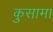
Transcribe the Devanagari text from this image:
कुसामा